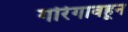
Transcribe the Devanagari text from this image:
गोरेगावहून